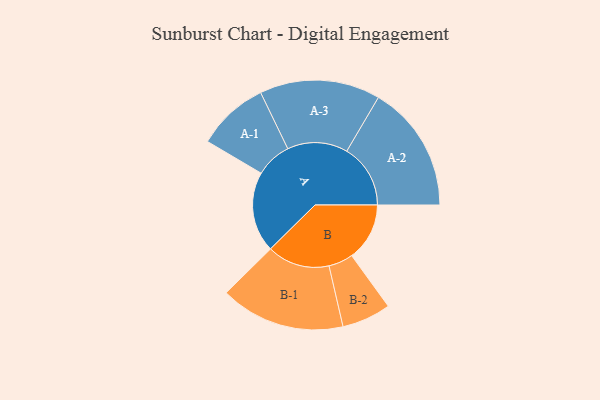
{"axis": {"x": "Segment", "y": "Value"}, "legend": ["", "A", "B"], "data": [{"x": "A", "y": 331, "type": ""}, {"x": "B", "y": 238, "type": ""}, {"x": "A-1", "y": 148, "type": "A"}, {"x": "A-2", "y": 262, "type": "A"}, {"x": "A-3", "y": 248, "type": "A"}, {"x": "B-1", "y": 257, "type": "B"}, {"x": "B-2", "y": 101, "type": "B"}]}